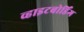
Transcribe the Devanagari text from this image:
व्हाइटबोर्डिंग